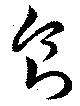
食